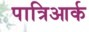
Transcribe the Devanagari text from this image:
पात्रिआर्क